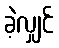
ခဲ့လျှင်